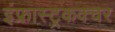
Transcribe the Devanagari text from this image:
इंफ्रास्ट्रकक्चर